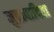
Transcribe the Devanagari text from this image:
मुद्रावादिता